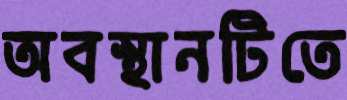
অবস্থানটিতে